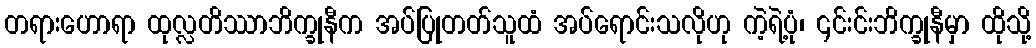
တရားဟောရာ ထုလ္လတိဿာဘိက္ခုနီက အပ်ပြုတတ်သူထံ အပ်ရောင်းသလိုဟု ကဲ့ရဲ့ပုံ၊ ၎င်းင်းဘိက္ခုနီမှာ ထိုသို့